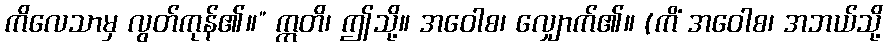
ကိလေသာမှ လွတ်ကုန်၏။” ဣတိ၊ ဤသို့။ အဝေါစ၊ လျှောက်၏။ (ကိံ အဝေါစ၊ အဘယ်သို့